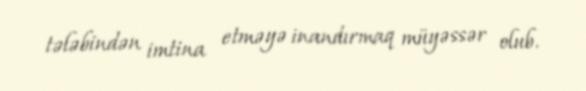
tələbindən imtina etməyə inandırmaq müyəssər olub.